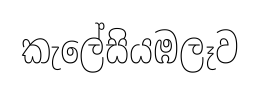
කැලේසියඹලෑව